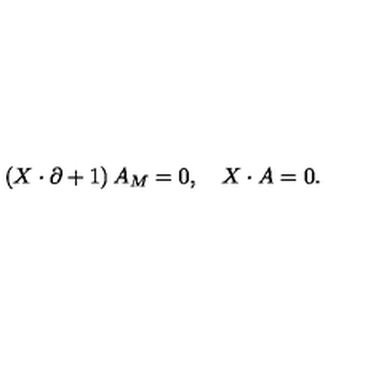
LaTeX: \left( X \cdot \partial + 1 \right) A _ { M } = 0 , \quad X \cdot A = 0 .